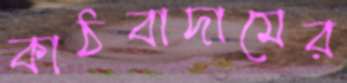
কাঠবাদামের